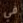
في